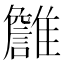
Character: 𩁏